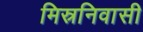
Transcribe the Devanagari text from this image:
मिस्रनिवासी